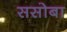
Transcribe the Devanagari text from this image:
ससोबा